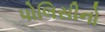
પોલિસીનો